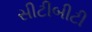
સીટીબીટી